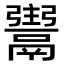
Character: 𩱌